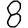
Digit: 8